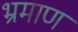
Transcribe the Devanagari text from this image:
भ्रमाण